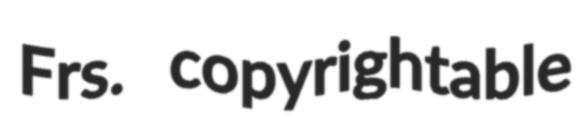
Frs. copyrightable